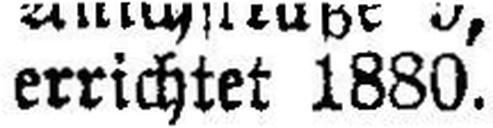
errichtet 1880.